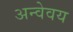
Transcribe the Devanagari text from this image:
अन्वेवय